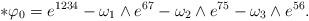
LaTeX: \begin{align*}\ast \varphi_0 = e^{1234}-\omega_1\wedge e^{67} -\omega_2\wedge e^{75} -\omega_3\wedge e^{56} .\end{align*}